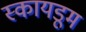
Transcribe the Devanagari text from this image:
स्कायडूम